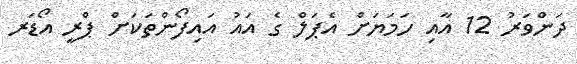
ދަންވަރު 12 އާއި ހަމަޔަށް އެޕަލް ގެ އައު އައިފޯންތަކަށް ޕްރީ އޯޑަރ